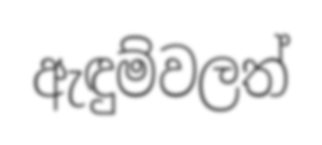
ඇඳුම්වලත්